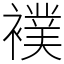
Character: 襆